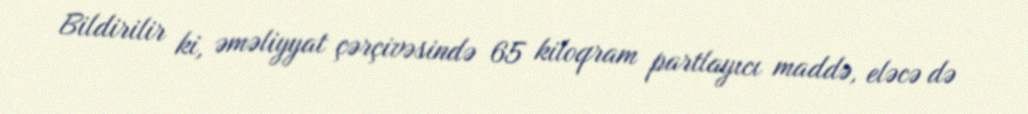
Bildirilir ki, əməliyyat çərçivəsində 65 kiloqram partlayıcı maddə, eləcə də